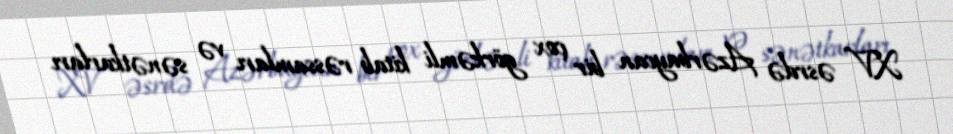
XV əsrdə Azərbaycan bir çox görkəmli kitab rəssamları və sənətkarları